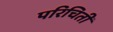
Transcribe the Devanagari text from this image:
परिचिती